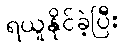
ရယူနိုင်ခဲ့ပြီး